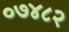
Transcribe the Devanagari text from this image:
०७४८२